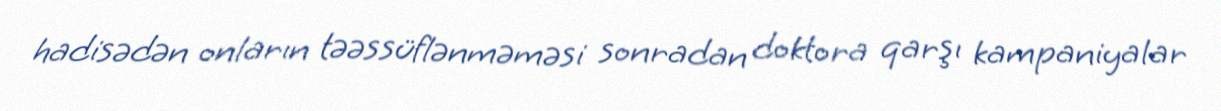
hadisədən onların təəssüflənməməsi sonradan doktora qarşı kampaniyalar